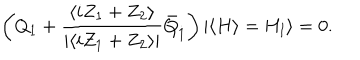
\left( Q _ { 1 } + \frac { \langle i Z _ { 1 } + Z _ { 2 } \rangle } { | \langle i Z _ { 1 } + Z _ { 2 } \rangle | } \bar { Q } _ { \dot { 1 } } \right) | \langle H \rangle = H _ { \mathrm { I } } \rangle = 0 .